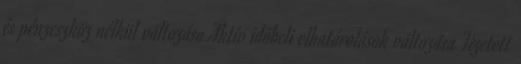
és pénzeszköz nélkül változása Aktív időbeli elhatárolások változása Fizetett